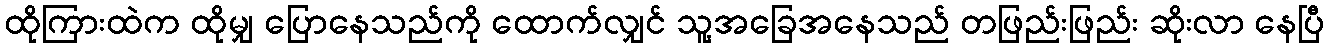
ထိုကြားထဲက ထိုမျှ ပြောနေသည်ကို ထောက်လျှင် သူ့အခြေအနေသည် တဖြည်းဖြည်း ဆိုးလာ နေပြီ